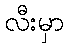
လီးမှာ